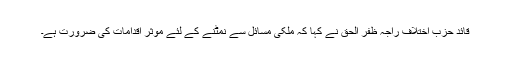
قائد حزب اختلاف راجہ ظفر الحق نے کہا کہ ملکی مسائل سے نمٹنے کے لئے موثر اقدامات کی ضرورت ہے۔